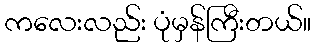
ကလေးလည်း ပုံမှန်ကြီးတယ်။